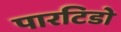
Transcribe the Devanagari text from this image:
पारटिडो